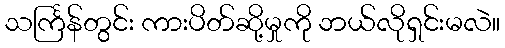
သင်္ကြန်တွင်း ကားပိတ်ဆို့မှုကို ဘယ်လိုရှင်းမလဲ။